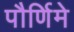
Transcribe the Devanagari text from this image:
पौर्णिमे